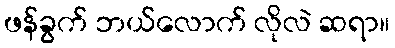
ဖန်ခွက် ဘယ်လောက် လိုလဲ ဆရာ။